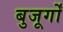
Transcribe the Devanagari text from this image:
बुजूर्गों